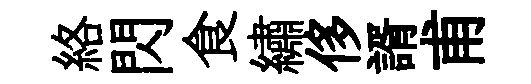
絡閃食繡侈諝甫